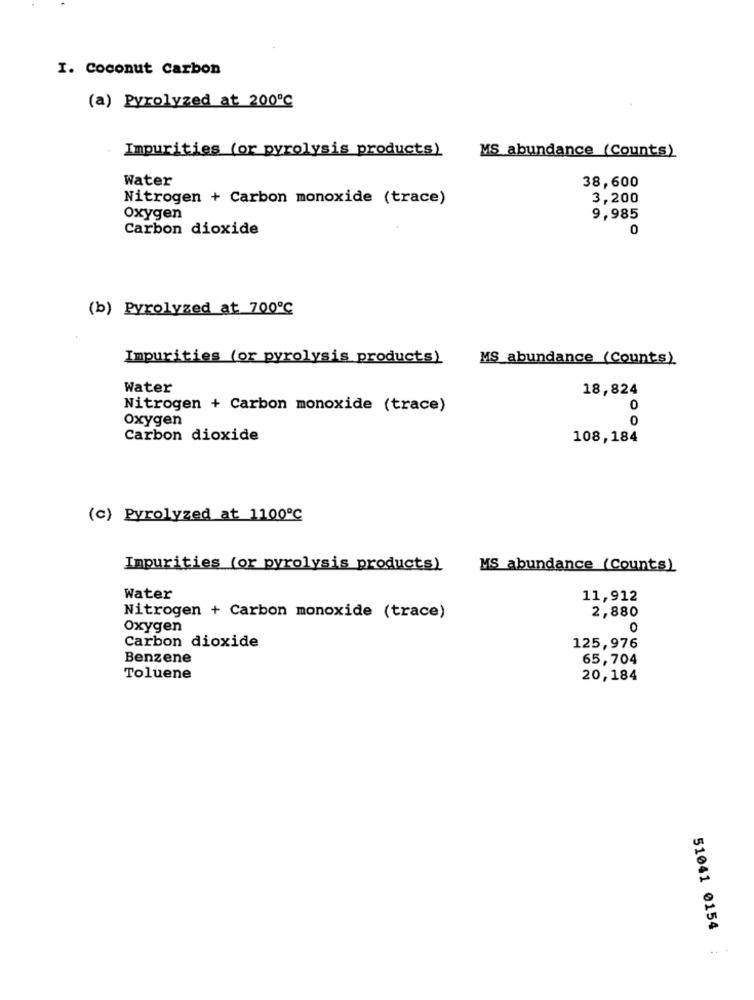
I. Coconut Carbon
(a) Pyrolyzed at 200℃
Impurities (or pyrolysis products)
MS abundance (Counts)
Water
38,600
Nitrogen + Carbon monoxide (trace)
3,200
Oxygen
9,985
Carbon dioxide
0
(b) Pyrolyzed at 700℃
Impurities (or pyrolysis products)
MS abundance (Counts)
Water
18,824
Nitrogen + Carbon monoxide (trace)
Oxygen
0
Carbon dioxide
108,184
(c) Pyrolyzed at 1100℃
Impurities (or pyrolysis products)
MS abundance (Counts)
Water
11,912
Nitrogen + Carbon monoxide (trace)
2,880
Oxygen
0
Carbon dioxide
125,976
Benzene
65,704
Toluene
20,184
51041 0154
..